system: You are a helpful assistant.
user:
Analyze the provided spectrum to determine if it is a **Carbon Star (C-type)**.

- **Key Visual Indicators of Carbon Star:**
    - **(Primary):** Strong molecular absorption from **C₂ (diatomic carbon) "Swan Bands."** This is the **defining feature** of a carbon star.
        - **(Key Bandheads):** Sharp absorption edges are visible at approximately $5635$ Å, $5165$ Å (the strongest band), and $4737$ Å.
        - **(Line Profile):** Creates a distinct **"saw-tooth"** pattern. The key morphology is a sharp, steep bandhead on the **red (long-wavelength) side**, which then gradually tapers off (i.e., flux recovers) towards the **blue (short-wavelength) side**. *(This is the direct opposite of the TiO bands seen in M-type stars)*.

    - **(Secondary):** Intense **CN (cyanogen)** molecular absorption bands.
        - **(Key Bandheads):** Located in the blue and violet regions of the spectrum (e.g., near $4215$ Å and $3883$ Å).
        - **(Morphology):** These bands are extremely broad and act as a "blanket," absorbing the vast majority of blue and violet light. This creates a characteristic **"cliff"** or **"steep drop-off"** in the spectrum's flux at short wavelengths.

    - **(Key Confirmation):** Strong **CH absorption band (G-band)**.
        - **(Key Bandhead):** Located around $4300$ Å. The contribution from CH molecules to this band is exceptionally strong.

    - **(Overall Spectrum):**
        - The continuum is severely "chopped up" by these deep molecular bands, especially C₂, rather than appearing as a smooth curve.
        - Due to the heavy CN and C₂ absorption in the blue-green, the vast majority of the star's flux is concentrated in the red part of the spectrum, giving the star its characteristic deep red color.

Think first, call **spectral_visualization_tool** if needed to examine features in detail, then provide your final answer. Your response must adhere to the following strict rules:
1.  **Overall Structure:** Your response must follow the format `<think>...</think> <tool_call>...</tool_call> (if a tool is used) <answer>...</answer>`.
2.  **Tool Usage Constraint:** You may only make **one** tool call per turn.
3.  **Final Answer Format:** In the `<answer>` tag, your conclusion must be inside a `\boxed{}` command (e.g., `\boxed{YES}`), followed by your justification.

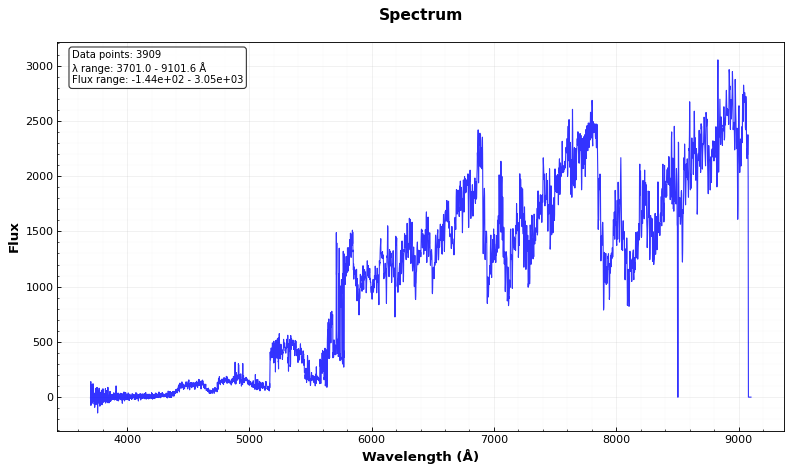
Answer: YES